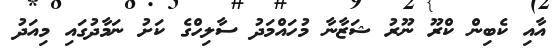
އާއި ކެބިން ކްރޫ ނޫރު ޝަޒާނާ މުހައްމަދު ސާލިހްގެ ކަށު ނަމާދުގައި މިއަދު